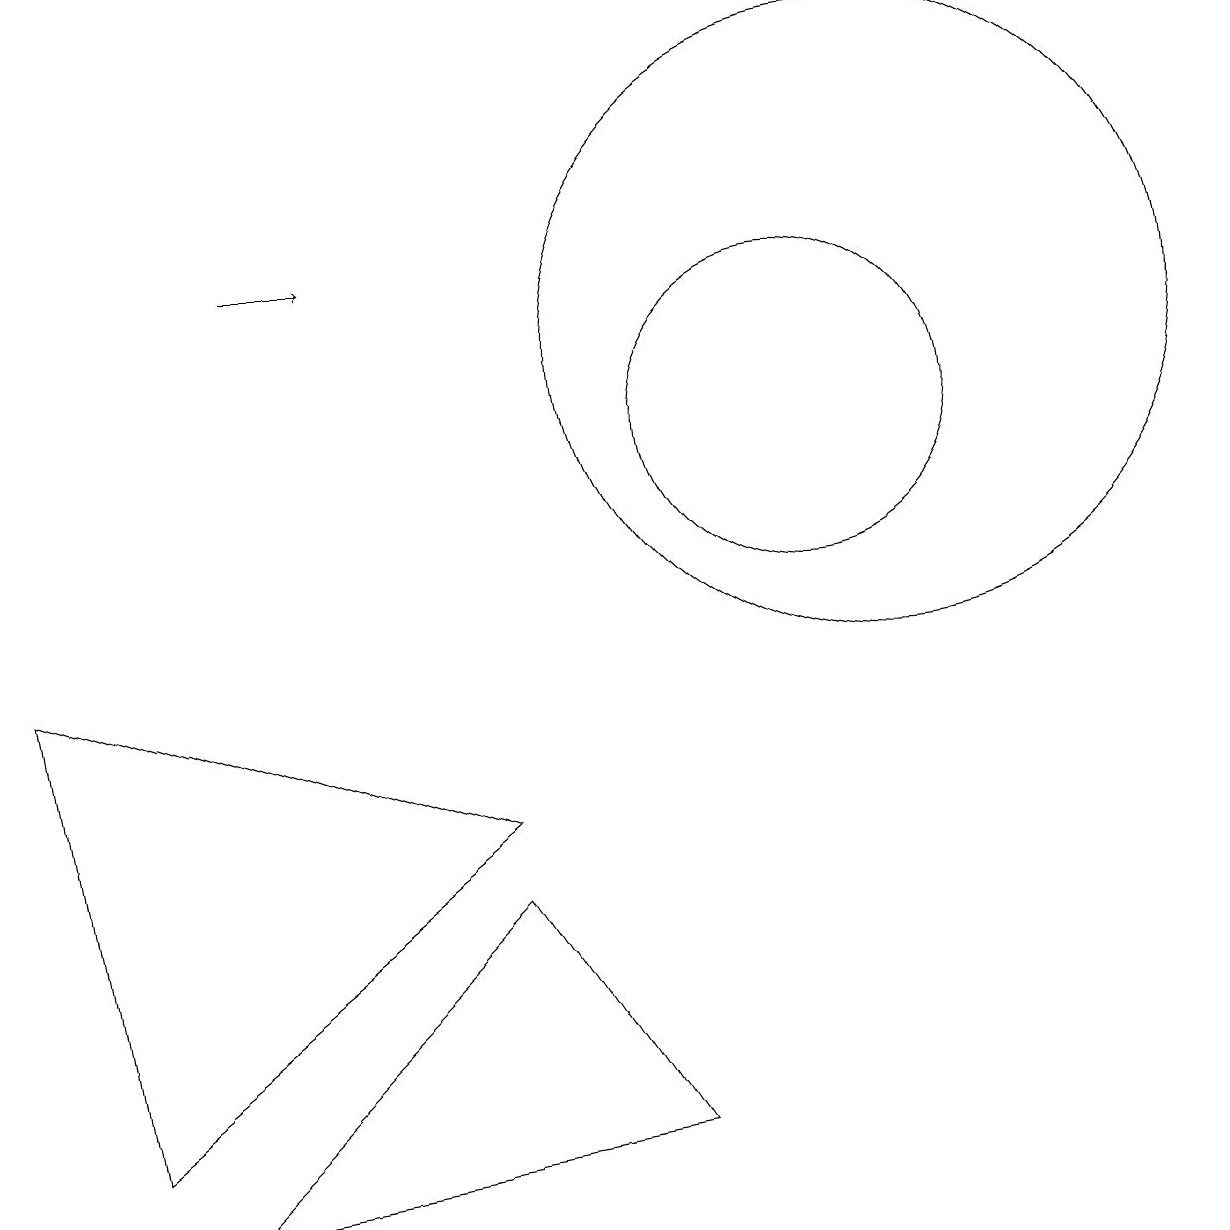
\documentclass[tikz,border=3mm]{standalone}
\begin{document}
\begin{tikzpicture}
\draw (12,11) circle (4);
\draw (7,5) -- (1,7) -- (2,1) -- cycle;
\draw (11,10) circle (2);
\draw[->] (4,12) -- (5,12);
\draw (3,0) -- (7,4) -- (9,1) -- cycle;
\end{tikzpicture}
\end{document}